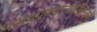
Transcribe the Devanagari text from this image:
मलयपवनान्दोलितजले